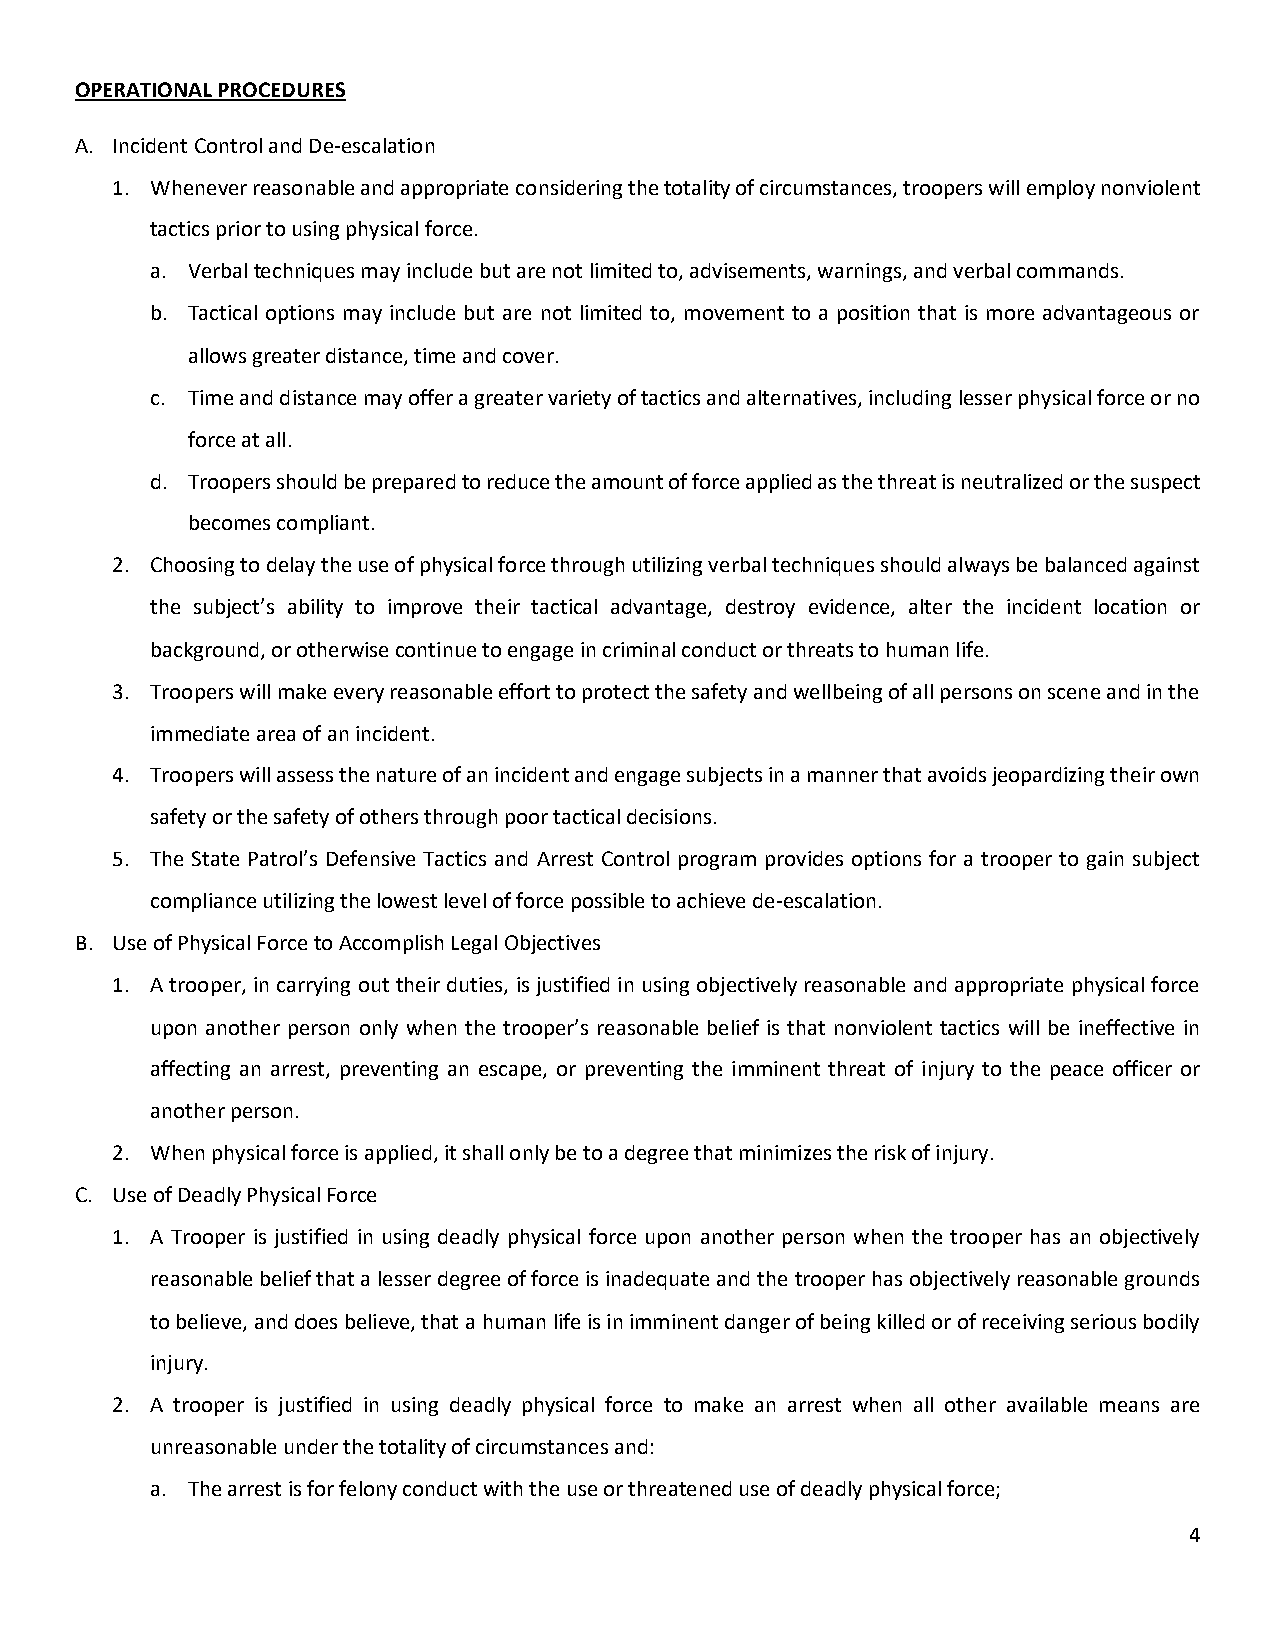
OPERATIONAL PROCEDURES
 A. Incident Control and De-escalation
 1. Whenever reasonable and appropriate considering the totality of circumstances, troopers will employ nonviolent
 tactics prior to using physical force.
 a. Verbal techniques may include but are not limited to, advisements, warnings, and verbal commands.
 b. Tactical options may include but are not limited to, movement to a position that is more advantageous or
 allows greater distance, time and cover.
 c. Time and distance may offer a greater variety of tactics and alternatives, including lesser physical force or no
 force at all.
 d. Troopers should be prepared to reduce the amount of force applied as the threat is neutralized or the suspect
 becomes compliant.
 2. Choosing to delay the use of physical force through utilizing verbal techniques should always be balanced against
 the subject’s ability to improve their tactical advantage, destroy evidence, alter the incident location or
 background, or otherwise continue to engage in criminal conduct or threats to human life.
 3. Troopers will make every reasonable effort to protect the safety and wellbeing of all persons on scene and in the
 immediate area of an incident.
 4. Troopers will assess the nature of an incident and engage subjects in a manner that avoids jeopardizing their own
 safety or the safety of others through poor tactical decisions.
 5. The State Patrol’s Defensive Tactics and Arrest Control program provides options for a trooper to gain subject
 compliance utilizing the lowest level of force possible to achieve de-escalation.
 B. Use of Physical Force to Accomplish Legal Objectives
 1. A trooper, in carrying out their duties, is justified in using objectively reasonable and appropriate physical force
 upon another person only when the trooper’s reasonable belief is that nonviolent tactics will be ineffective in
 affecting an arrest, preventing an escape, or preventing the imminent threat of injury to the peace officer or
 another person.
 2. When physical force is applied, it shall only be to a degree that minimizes the risk of injury.
 C. Use of Deadly Physical Force
 1. A Trooper is justified in using deadly physical force upon another person when the trooper has an objectively
 reasonable belief that a lesser degree of force is inadequate and the trooper has objectively reasonable grounds
 to believe, and does believe, that a human life is in imminent danger of being killed or of receiving serious bodily
 injury.
 2. A trooper is justified in using deadly physical force to make an arrest when all other available means are
 unreasonable under the totality of circumstances and:
 a. The arrest is for felony conduct with the use or threatened use of deadly physical force;
 4